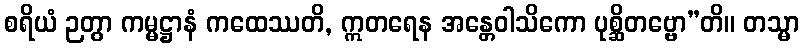
စရိယံ ဉတွာ ကမ္မဋ္ဌာနံ ကထေဿတိ, ဣတရေန အန္တေဝါသိကော ပုစ္ဆိတဗ္ဗော”တိ။ တသ္မာ